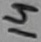
Text: 14